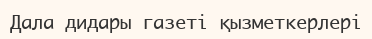
Дала дидары газеті қызметкерлері